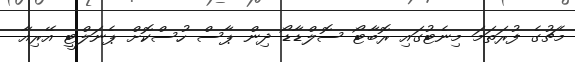
މެޗުގެ ފުރަތަމަ މިނެޓުގައި ރޮބާޓޯ ސޮލްޑާޑޯ ދިން ޕާސް ހުސްކޮށް ޕެނަލްޓީ އޭރިއާ